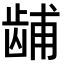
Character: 𫜫